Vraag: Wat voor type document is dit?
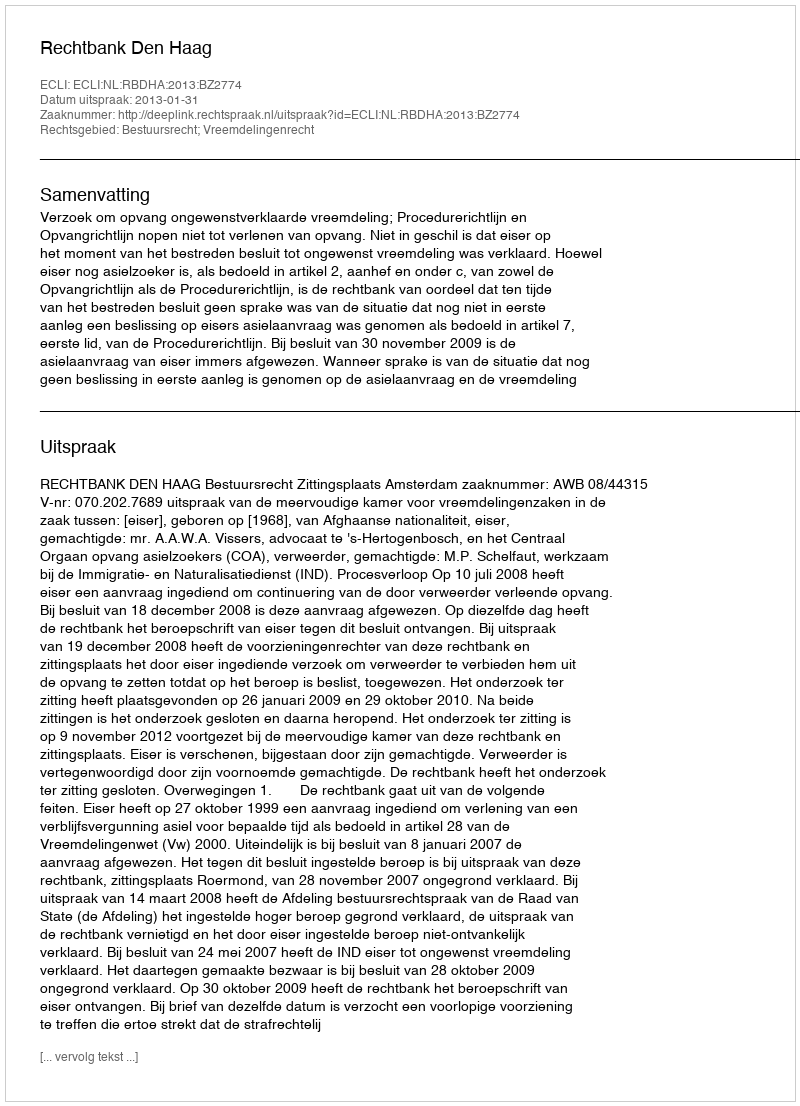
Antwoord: Uitspraak